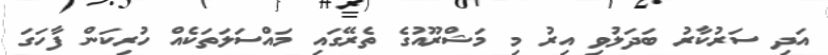
އަދި ސަރުކާރު ބަދަލުވި އިރު މި މަޝްރޫއުގެ ތެރޭގައި މައްސަލަތަކެއް ހުރިކަން ފާހަގަ